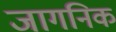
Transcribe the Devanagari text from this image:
जागनिक